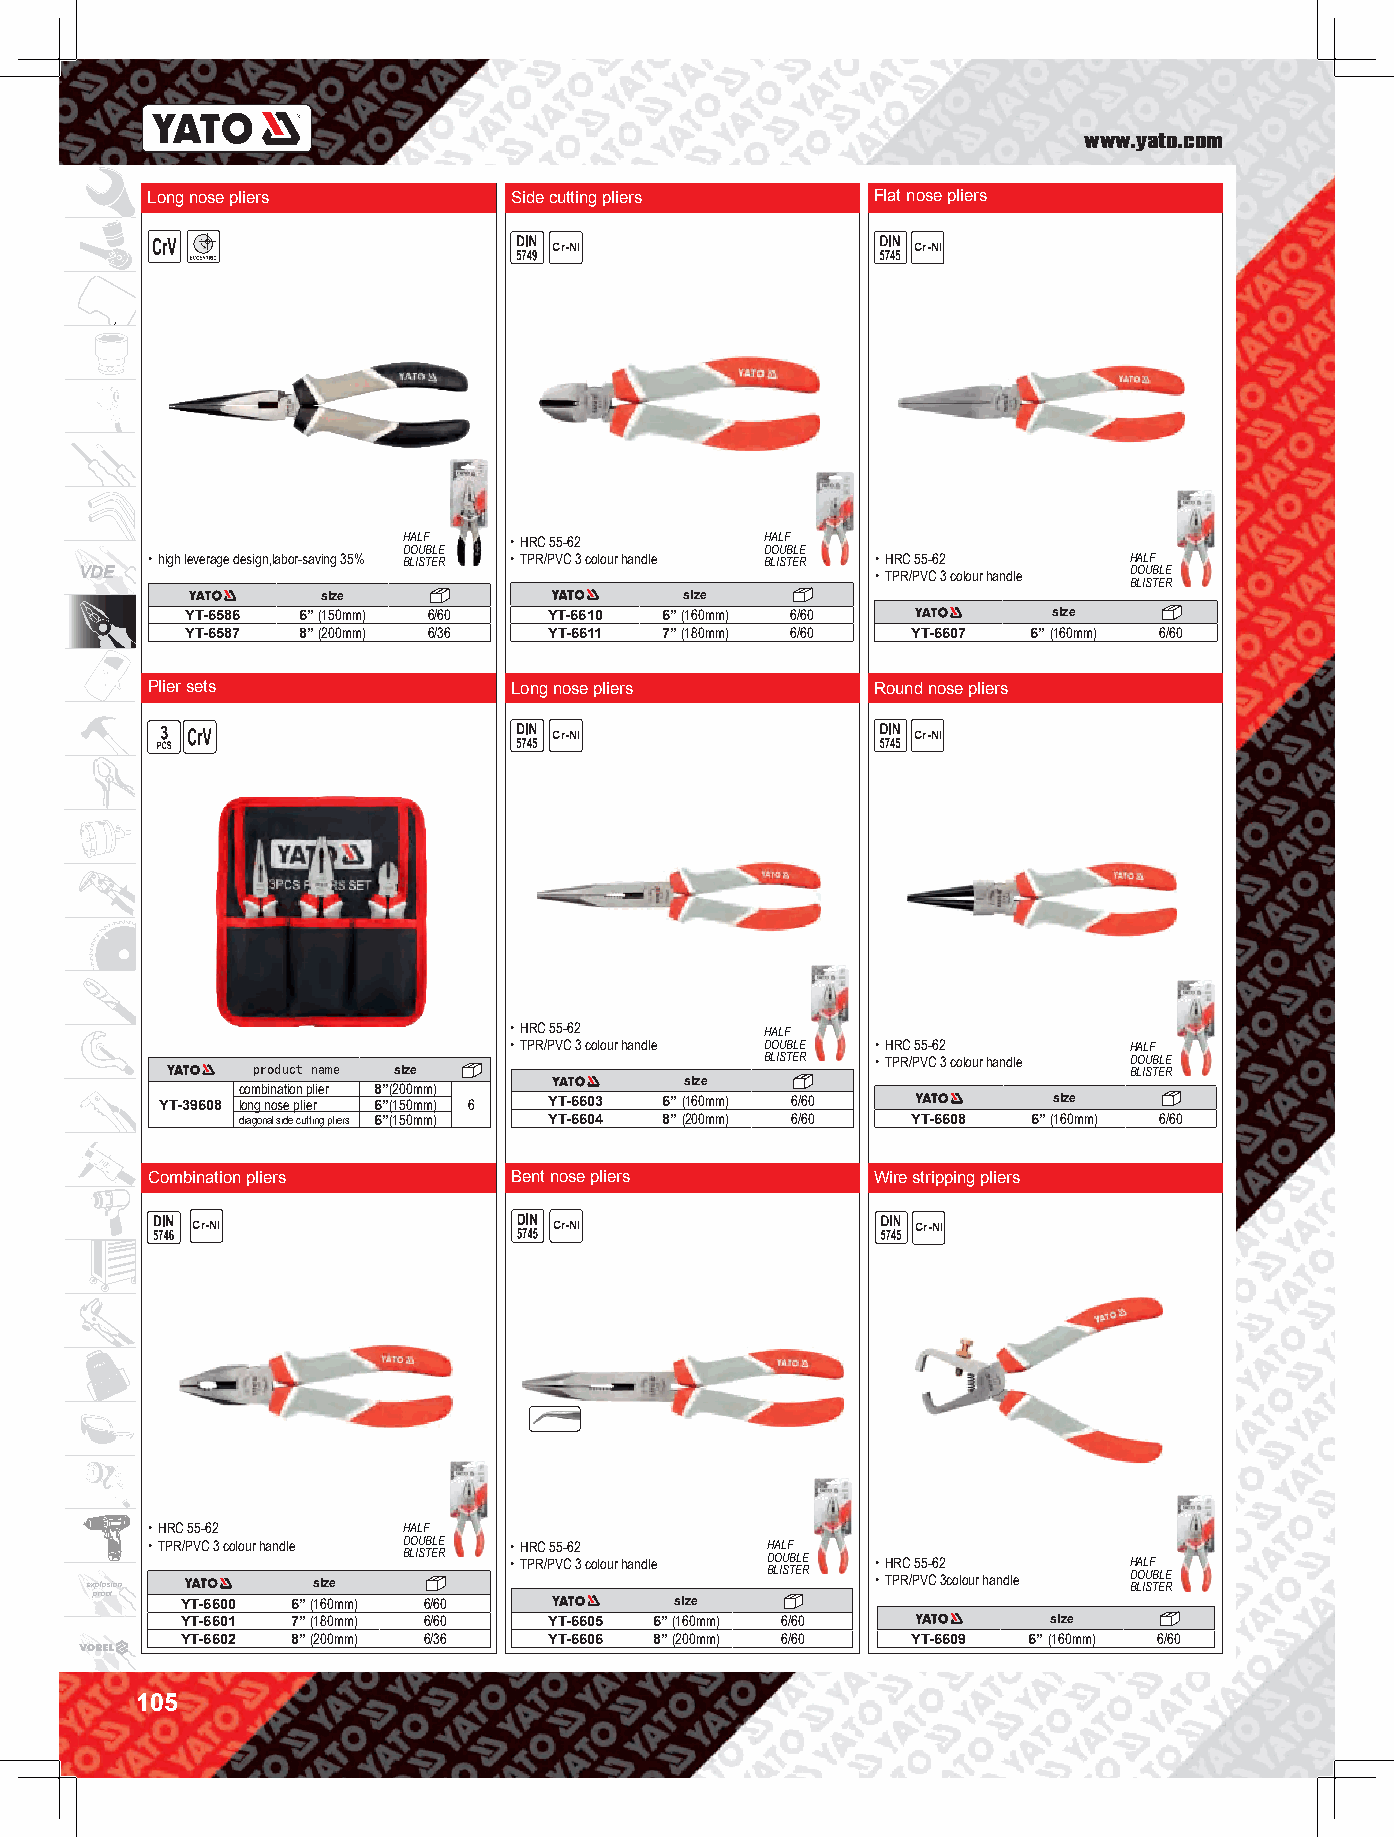
www.yato.com
 Long nose pliers        Side cutting pliers     Flat nose pliers
 Cr-NI                   Cr-NI
 HALF   • HRC 55-62      HALF
 DOUBLE                  DOUBLE
 • high leverage design,labor-saving 35% BLISTER • TPR/PVC 3 colour handle BLISTER • HRC 55-62 HALF
 VDE                                                  • TPR/PVC 3 colour handle DOUBLE
 BLISTER
 size                    size
 YT-6586 6” (150mm) 6/60 YT-6610 6” (160mm) 6/60           size
 YT-6587 8” (200mm) 6/36 YT-6611 7” (180mm) 6/60 YT-6607 6” (160mm) 6/60
 Plier sets              Long nose pliers        Round nose pliers
 Cr-NI                   Cr-NI
 • HRC 55-62      HALF
 • TPR/PVC 3 colour handle DOUBLE • HRC 55-62 HALF
 product name size                 BLISTER • TPR/PVC 3 colour handle D BLO IU STB ELE R
 size
 combination plier 8”(200mm)
 YT-39608 long nose plier 6”(150mm) 6 YT-6603 6” (160mm) 6/60 size
 diagonal side cutting pliers 6”(150mm) YT-6604 8” (200mm) 6/60 YT-6608 6” (160mm) 6/60
 Combination pliers      Bent nose pliers        Wire stripping pliers
 Cr-NI                   Cr-NI                   Cr-NI
 • HRC 55-62      HALF
 • TPR/PVC 3 colour handle DOUBLE • HRC 55-62 HALF
 BLISTER • TPR/PVC 3 colour handle DOUBLE • HRC 55-62 HALF
 explosion      size                          BLISTER • TPR/PVC 3colour handle D BLO IU STB ELE R
 proof YT-6600 6” (160mm) 6/60          size
 YT-6601 7” (180mm) 6/60 YT-6605 6” (160mm) 6/60           size
 YT-6602 8” (200mm) 6/36 YT-6606 8” (200mm) 6/60 YT-6609 6” (160mm) 6/60
 105